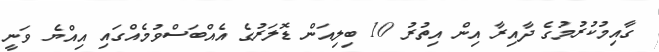
ގާއިމުކުރުމުގެ ދާއިރާ އިން އިތުރު 10 ބިލިއަން ޑޮލަރުގެ އެއްބަސްވުމެއްގައި އިއްޔެ ވަނީ